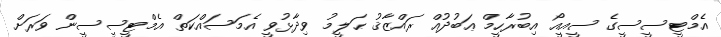
އެމްޓީސީސީގެ ސީއީއޯ އިބުރާހީމް ޢަބުދުއް ރައްޒާޤު ޙަލީމު ވިދާޅުވީ އެމަސައްކަތް އެމްޓީސީސީން ވަރަށް